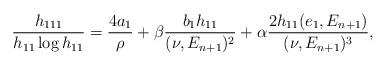
LaTeX: \begin{align*}\frac{h_{111}}{h_{11}\log h_{11}}=\frac{4a_{1}}{\rho}+\beta\frac{b_{1}h_{11}}{(\nu,E_{n+1})^{2}}+\alpha\frac{2h_{11}(e_{1},E_{n+1})}{(\nu,E_{n+1})^{3}},\end{align*}